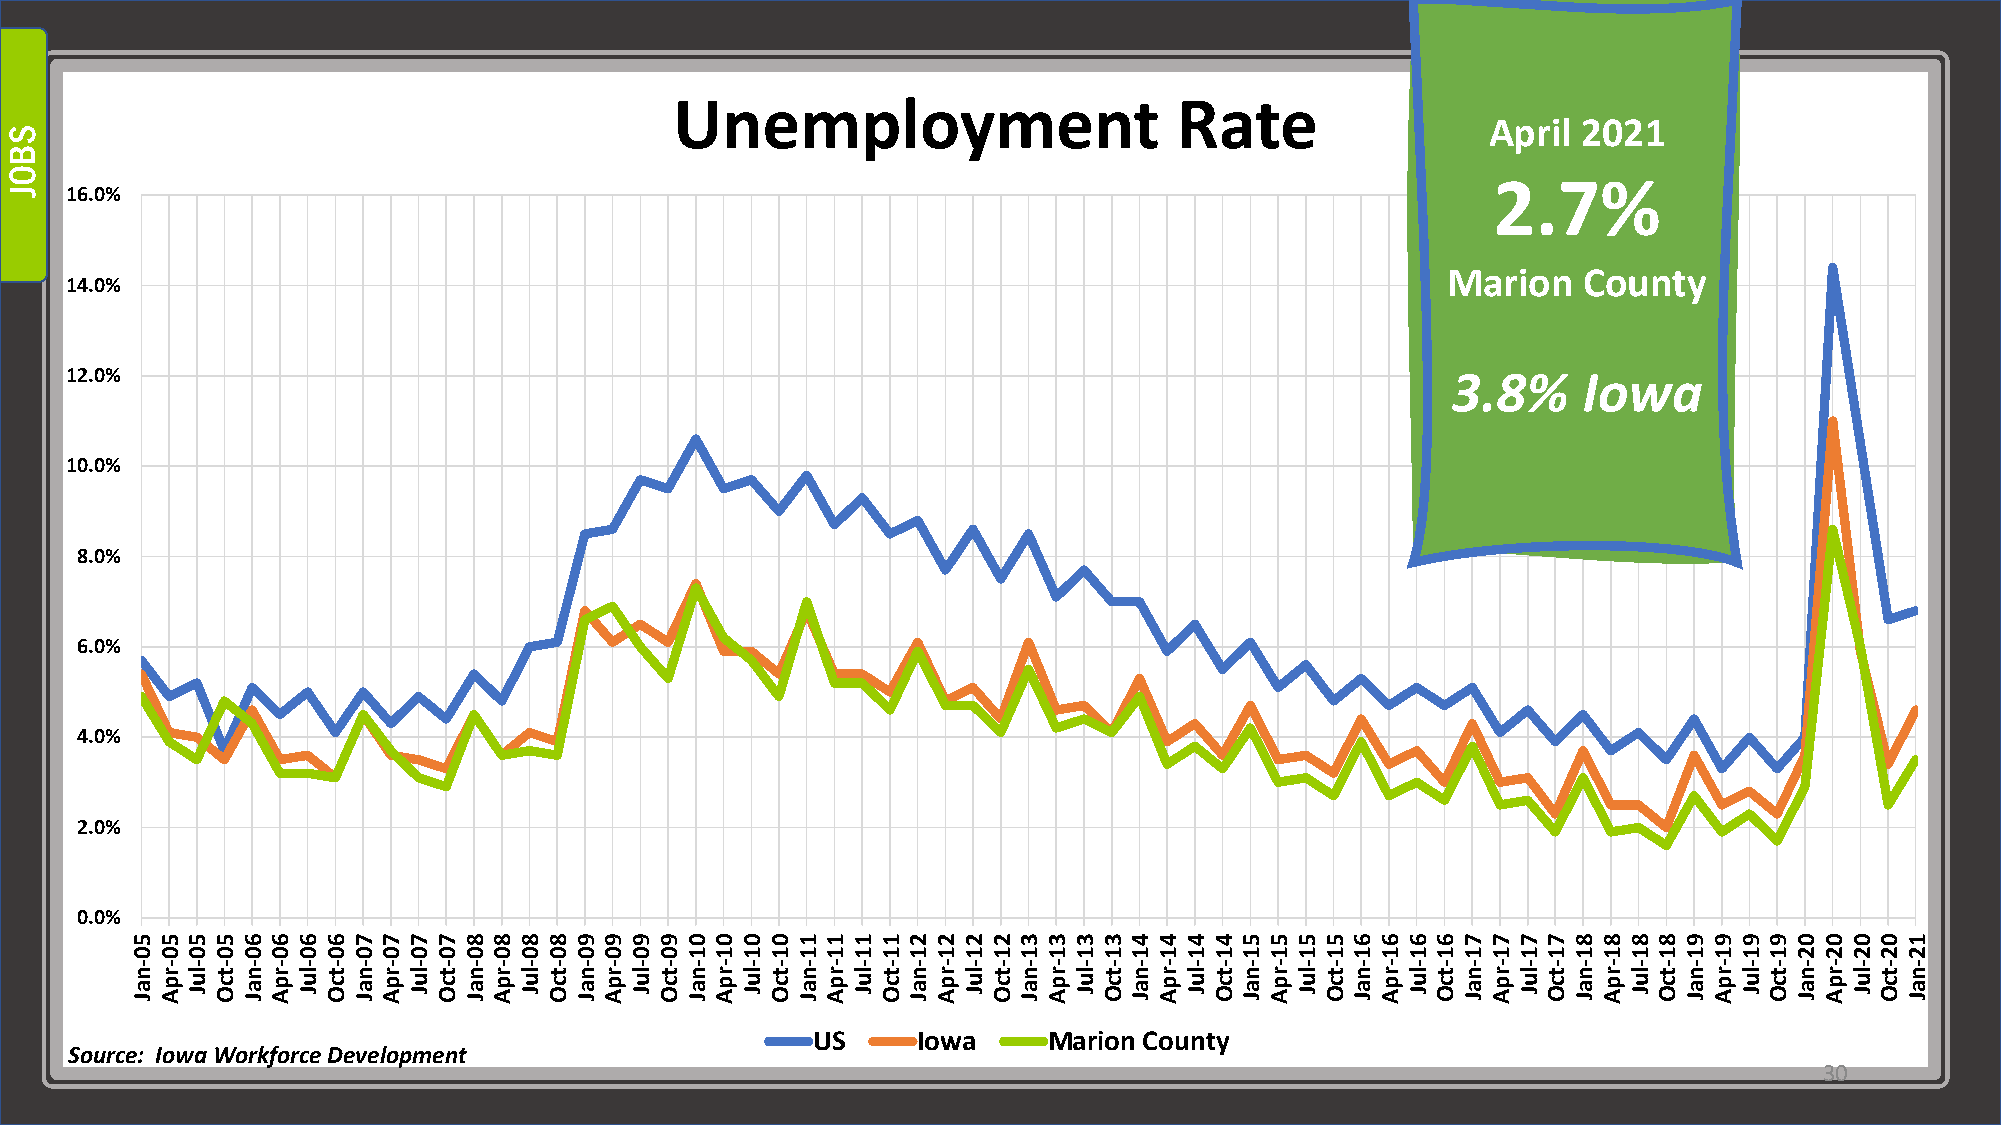
Unemployment                     Rate
 April 2021
 2.7%
 16.0%
 Marion   County
 14.0%
 12.0%                                                                                       3.8%     Iowa
 10.0%
 8.0%
 6.0%
 4.0%
 2.0%
 0.0%
 US     Iowa    Marion County
 Source: Iowa Workforce Development
 30
 SBOJ
 50-naJ 50-rpA 50-luJ 50-tcO 60-naJ 60-rpA 60-luJ 60-tcO 70-naJ 70-rpA 70-luJ 70-tcO 80-naJ 80-rpA 80-luJ 80-tcO 90-naJ 90-rpA 90-luJ 90-tcO 01-naJ 01-rpA 01-luJ 01-tcO 11-naJ 11-rpA 11-luJ 11-tcO 21-naJ 21-rpA 21-luJ 21-tcO 31-naJ 31-rpA 31-luJ 31-tcO 41-naJ 41-rpA 41-luJ 41-tcO 51-naJ 51-rpA 51-luJ 51-tcO 61-naJ 61-rpA 61-luJ 61-tcO 71-naJ 71-rpA 71-luJ 71-tcO 81-naJ 81-rpA 81-luJ 81-tcO 91-naJ 91-rpA 91-luJ 91-tcO 02-naJ 02-rpA 02-luJ 02-tcO 12-naJ